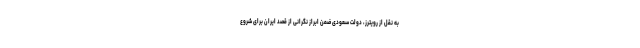
به نقل از رویترز، دولت سعودی ضمن ابراز نگرانی از قصد ایران برای شروع